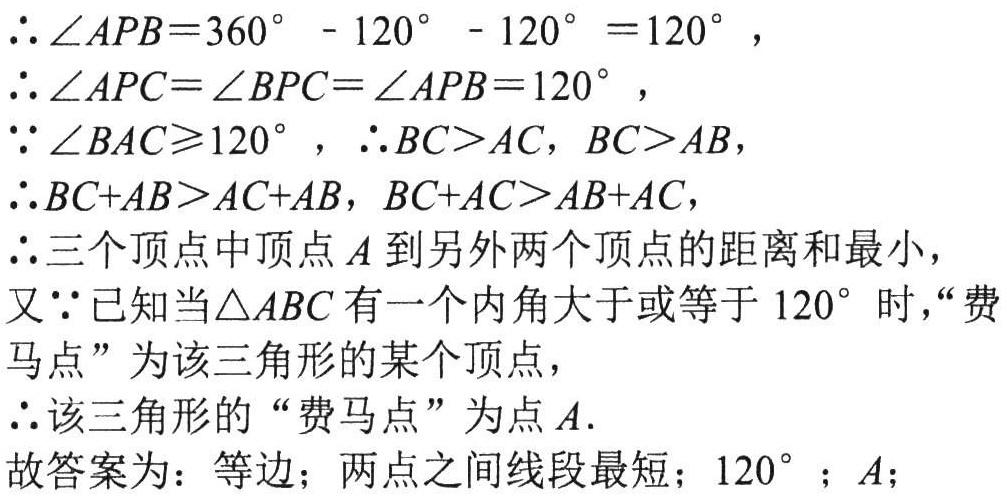
\(\therefore \angle APB = 360^{\circ}-120^{\circ}-120^{\circ}=120^{\circ}\)，

\(\therefore \angle APC=\angle BPC = \angle APB = 120^{\circ}\)，

\(\because \angle BAC\geqslant120^{\circ}\)，\(\therefore BC > AC\)，\(BC > AB\)，

\(\therefore BC + AB>AC + AB\)，\(BC + AC>AB + AC\)，

\(\therefore\)三个顶点中顶点\(A\)到另外两个顶点的距离和最小，

又\(\because\)已知当\(\triangle ABC\)有一个内角大于或等于\(120^{\circ}\)时，“费马点”为该三角形的某个顶点，

\(\therefore\)该三角形的“费马点”为点\(A\).

故答案为：等边；两点之间线段最短；\(120^{\circ}\)；\(A\)；